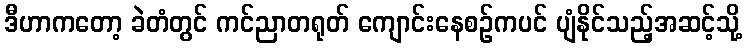
ဒီဟာကတော့ ခဲတံတွင် ကင်ညာတရုတ် ကျောင်းနေစဉ်ကပင် ပျံနိုင်သည့်အဆင့်သို့